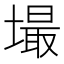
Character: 𱗸